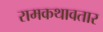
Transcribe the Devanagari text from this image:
रामकथावतार